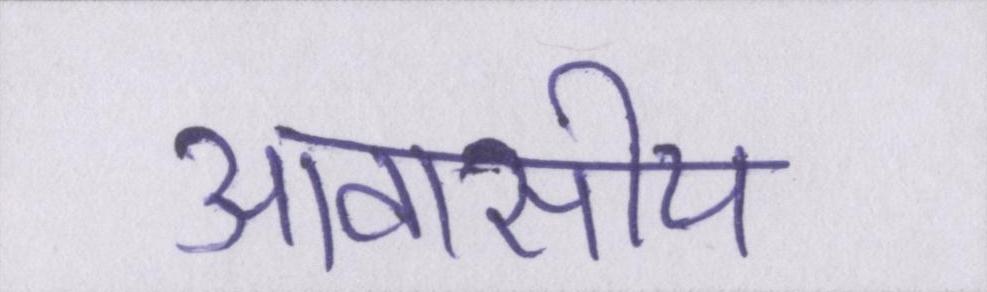
आवासीय